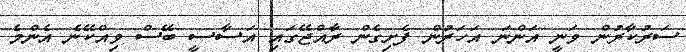
ސަރުކާރުން ވަނީ އަންނަ އަހަރުން ފެށިގެން ރާއްޖޭގައި އަސާސީ ބޭސް ވިއްކޭނެ އެންމެ